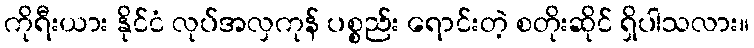
ကိုရီးယား နိုင်ငံ လုပ်အလှကုန် ပစ္စည်း ရောင်းတဲ့ စတိုးဆိုင် ရှိပါသလား။